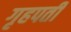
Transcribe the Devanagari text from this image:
गृहपती